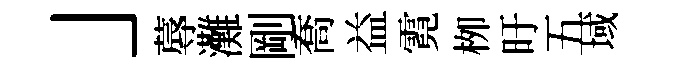
」蓐灘剛喬益霓栁旴五域